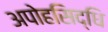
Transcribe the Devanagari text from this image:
अपोहसिद्धि